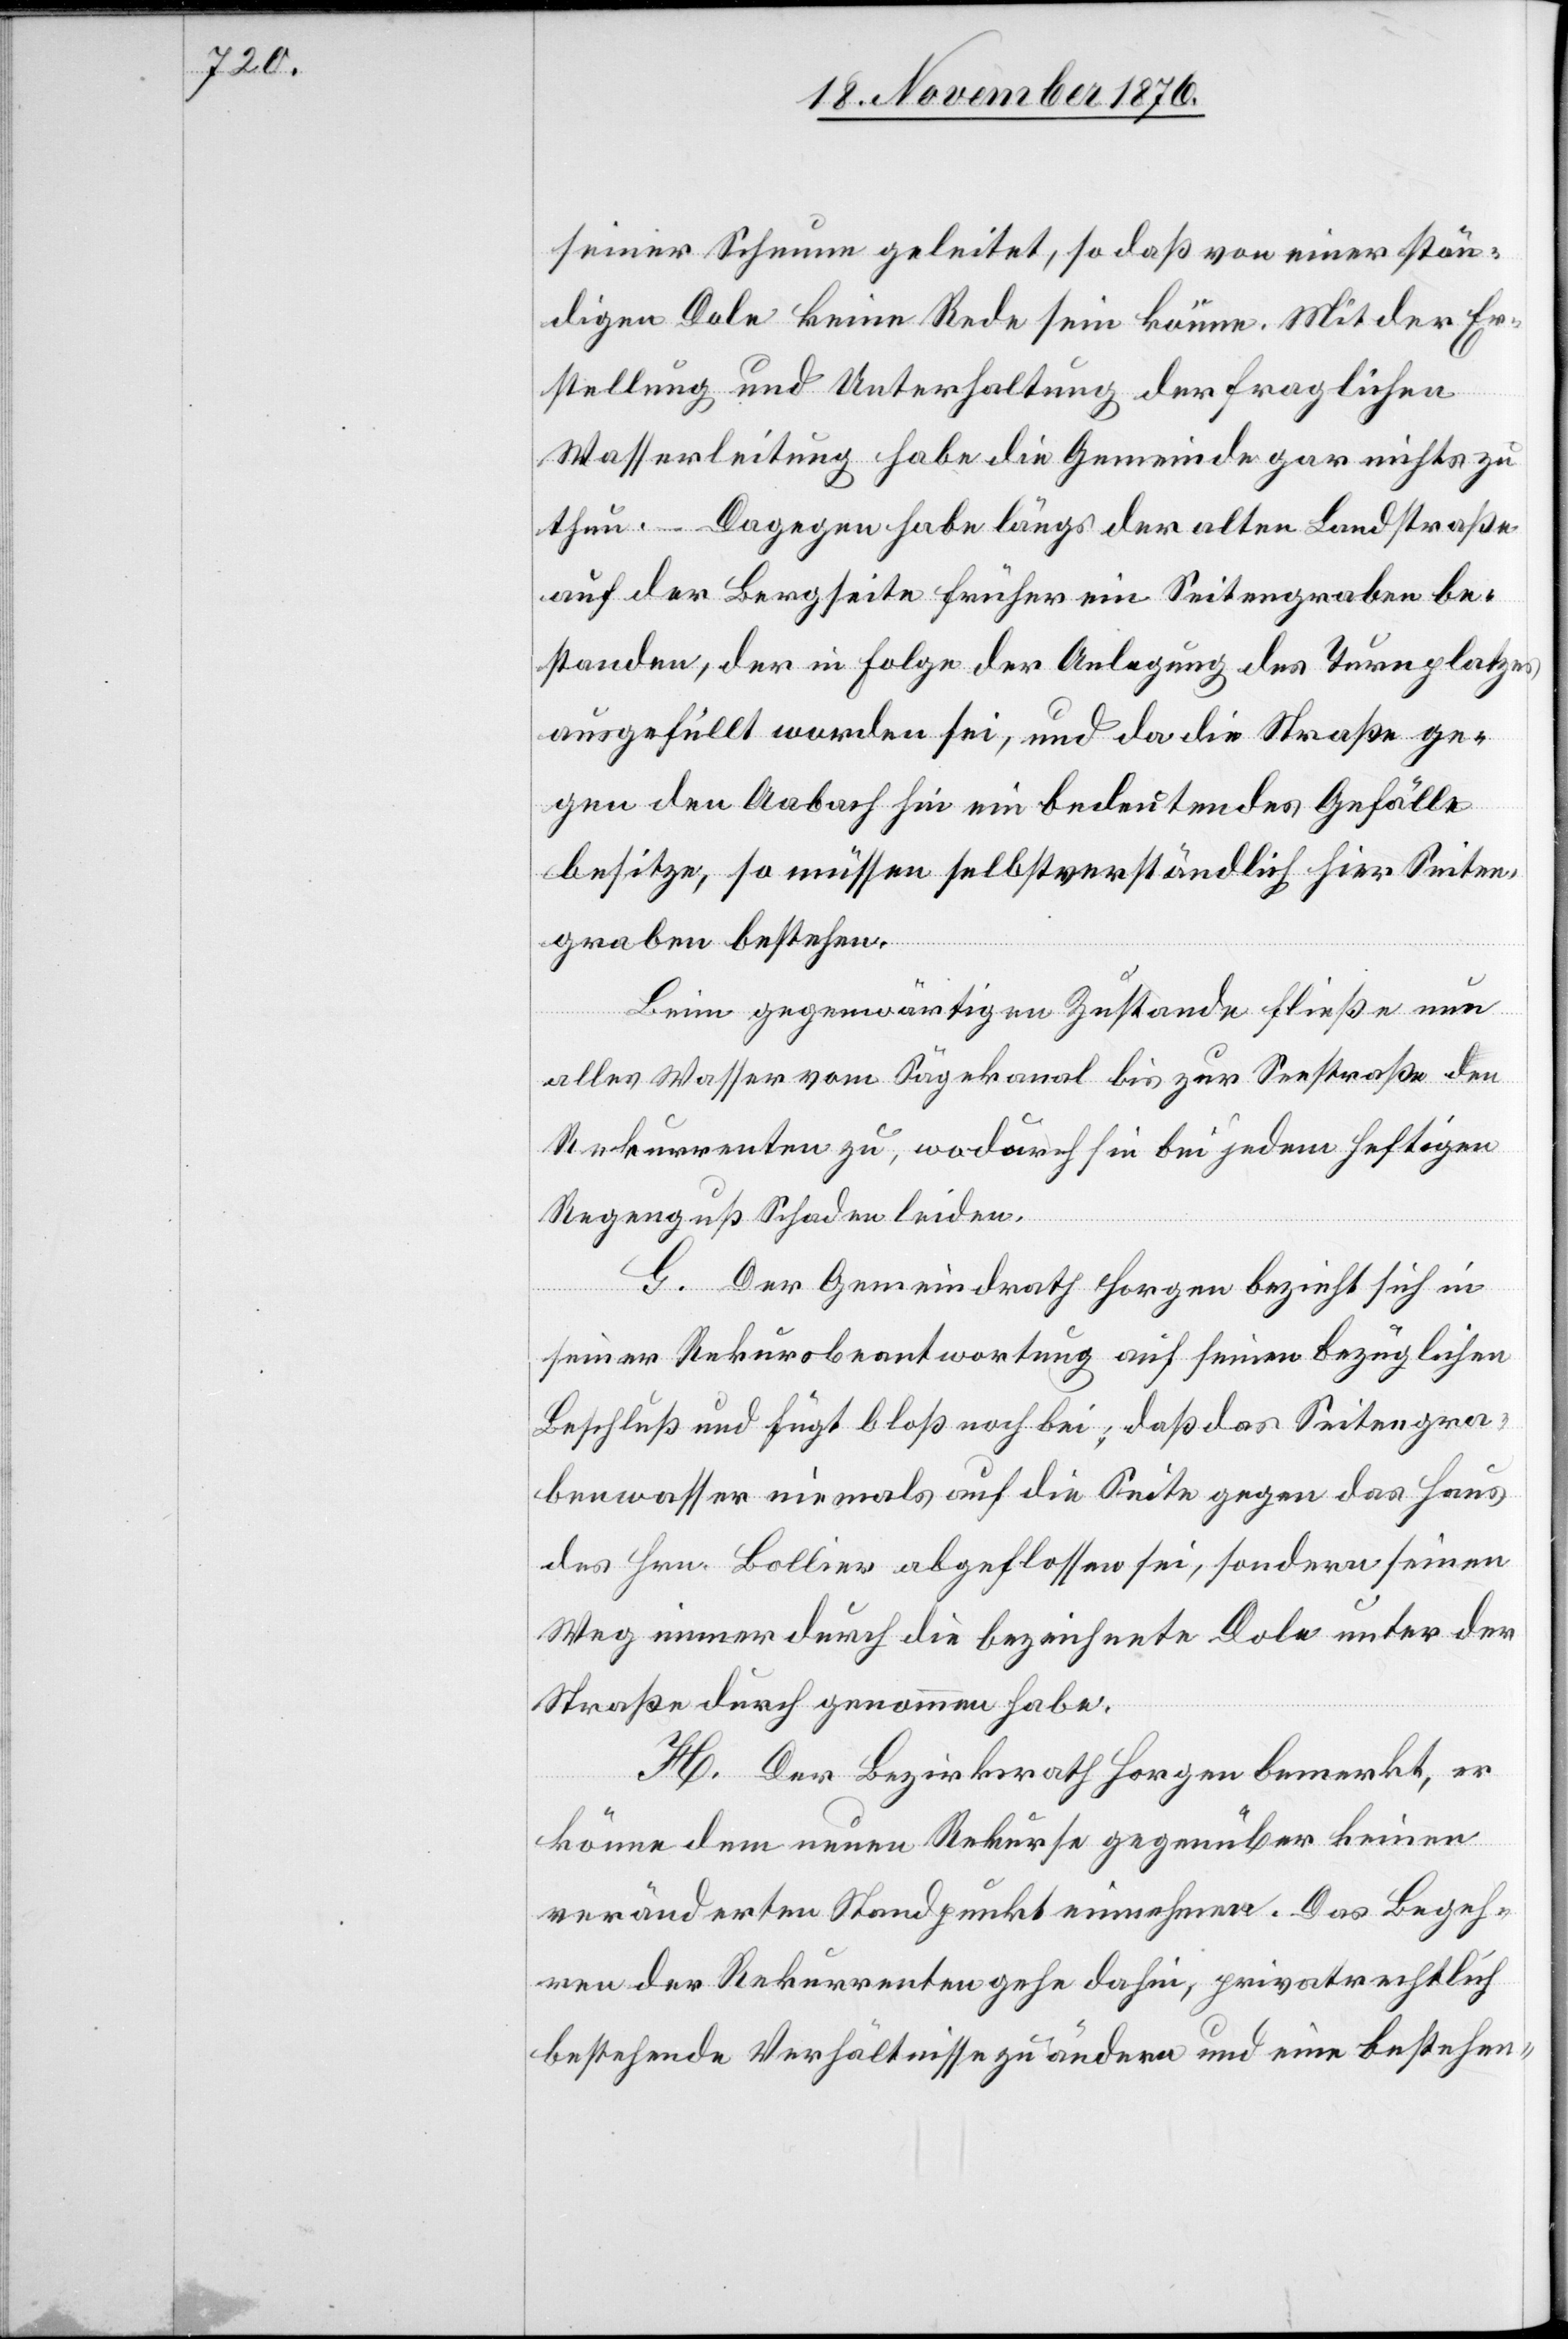
seiner Scheune geleitet, so daß von einer stän¬
digen Dole keine Rede sein könne. Mit der Er¬
stellung und Unterhaltung der fraglichen
Wasserleitung habe die Gemeinde gar nichts zu
thun. – Dagegen habe längs der alten Landstraße
auf der Bergseite früher ein Seitengraben be¬
standen, der in Folge der Anlegung des Turnplatzes
ausgefüllt worden sei, und da die Straße ge¬
gen den Aaberg hin ein bedeutendes Gefälle
besitze, so müssen selbstverständlich hier Seiten¬
graben bestehen.
Beim gegenwärtigen Zustande fließe nun
alles Wasser vom Sägekanal bis zur Seestraße den
Rekurrenten zu, wodurch sie bei jedem heftigen
Regenguß Schaden leiden.
G. Der Gemeindrath Horgen bezieht sich in
seiner Rekursbeantwortung auf seinen bezüglichen
Beschluß und fügt bloß noch bei, daß das Seitengra¬
benwasser niemals auf die Seite gegen das Haus
des Hrn. Bollier abgeflossen sei, sondern seinen
Weg immer durch die bezeichnete Dole unter der
Straße durchgenommen habe.
H. Der Bezirksrath Horgen bemerkt, er
könne dem neuen Rekurse gegenüber keinen
veränderten Standpunkt einnehmen. Das Begeh¬
ren der Rekurrenten gehe dahin, privatrechtlich
bestehende Verhältnisse zu ändern und eine bestehen-